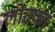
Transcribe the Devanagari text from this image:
लोटका